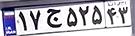
۱۷ج۵۲۵۴۳